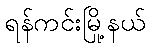
ရန်ကင်းမြို့နယ်